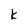
Character: k